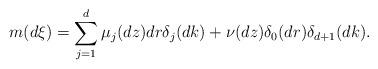
LaTeX: \begin{align*}m(d\xi)=\sum\limits _{j=1}^{d}\mu_{j}(dz)dr\delta_{j}(dk)+\nu(dz)\delta_{0}(dr)\delta_{d+1}(dk).\end{align*}